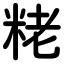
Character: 粩